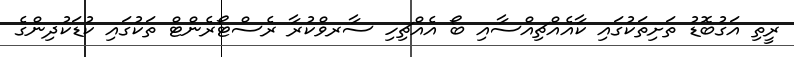
ރީތި އަގުބޮޑު ތަށިތަކުގައި ކާއެއްޗިއްސާއި ބޯ އެއްޗިހި ސާރވްކުރާ ރެސްޓޯރެންޓް ތަކުގައި ކުޑަކުދިންގެ